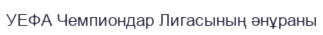
УЕФА Чемпиондар Лигасының әнұраны